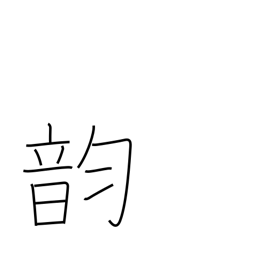
Meaning: vowel